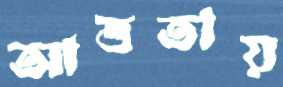
আত্ততায়